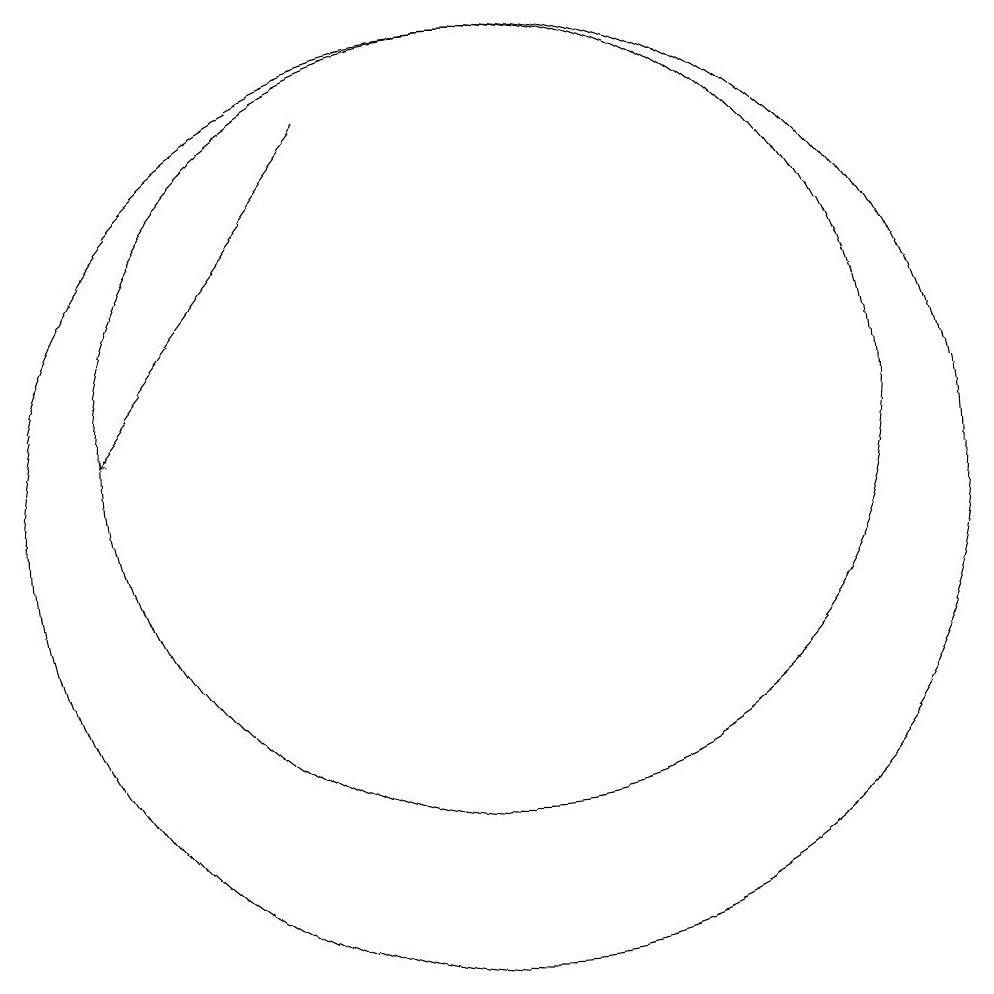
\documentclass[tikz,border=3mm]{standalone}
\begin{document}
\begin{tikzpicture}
\draw[->] (9,16) -- (6,12);
\draw (11,12) circle (5);
\draw (10,10) circle (0);
\draw (10,12) circle (0);
\draw (11,11) circle (6);
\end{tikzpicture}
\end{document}